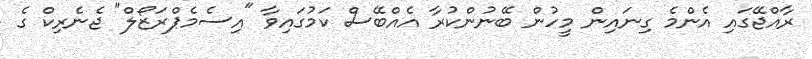
ރާއްޖޭގައި އެންމެ ގިނައިން މީހުން ބޭނުންކުރާ އެއްބޭސް ކަމުގައިވާ "އިސެމެޕްރަޒޯލް" ޖެނެރިކް ގެ